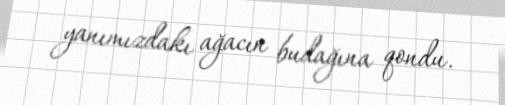
yanımızdakı ağacın budağına qondu.